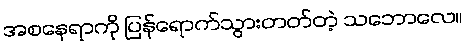
အစနေရာကို ပြန်ရောက်သွားတတ်တဲ့ သဘောလေ။